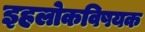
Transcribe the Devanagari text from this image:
इहलोकविषयक